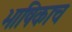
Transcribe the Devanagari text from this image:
भाषिकाच